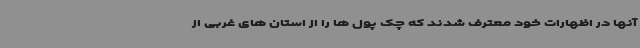
آنها در اظهارات خود معترف شدند که چک پول ها را از استان های غربی از